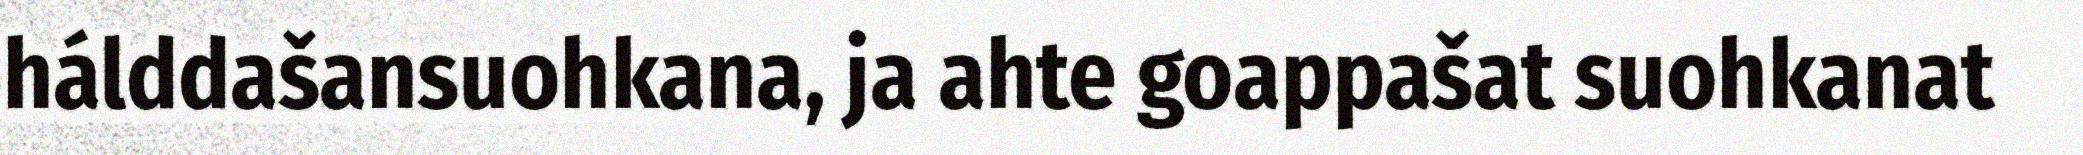
hálddašansuohkana, ja ahte goappašat suohkanat